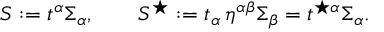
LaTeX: S : = t ^ { \alpha } \Sigma _ { \alpha } , \qquad S ^ { \star } : = t _ { \alpha } \, \eta ^ { \alpha \beta } \Sigma _ { \beta } = t ^ { \star \alpha } \Sigma _ { \alpha } .